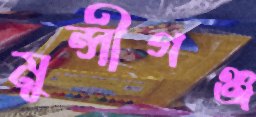
মুন্সীগঞ্জ